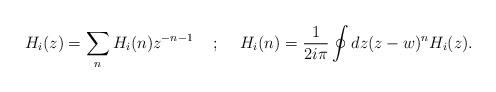
LaTeX: \begin{align*}H_{i}(z) = \sum_{n}H_{i}(n)z^{-n-1}\hspace{5mm} ; \hspace{5mm}H_{i}(n) =\frac{1}{2i\pi}\oint{dz(z - w)^{n}H_{i}(z)} .\end{align*}